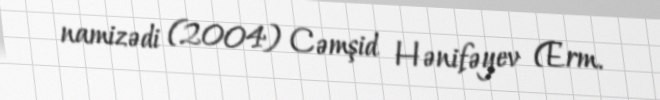
namizədi (2004) Cəmşid Hənifəyev (Erm.